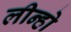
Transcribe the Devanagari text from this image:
लीन्हो